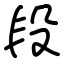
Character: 段